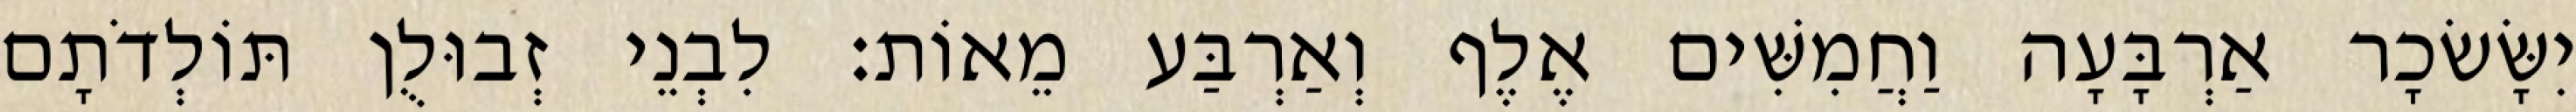
יִשָּׂשׂכָר אַרְבָּעָה וַחֲמִשִּׁים אֶלֶף וְאַרְבַּע מֵאוֹת׃ לִבְנֵי זְבוּלֻן תּוֹלְדֹתָם